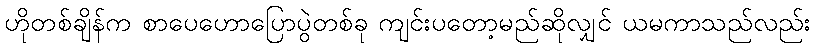
ဟိုတစ်ချိန်က စာပေဟောပြောပွဲတစ်ခု ကျင်းပတော့မည်ဆိုလျှင် ယမကာသည်လည်း